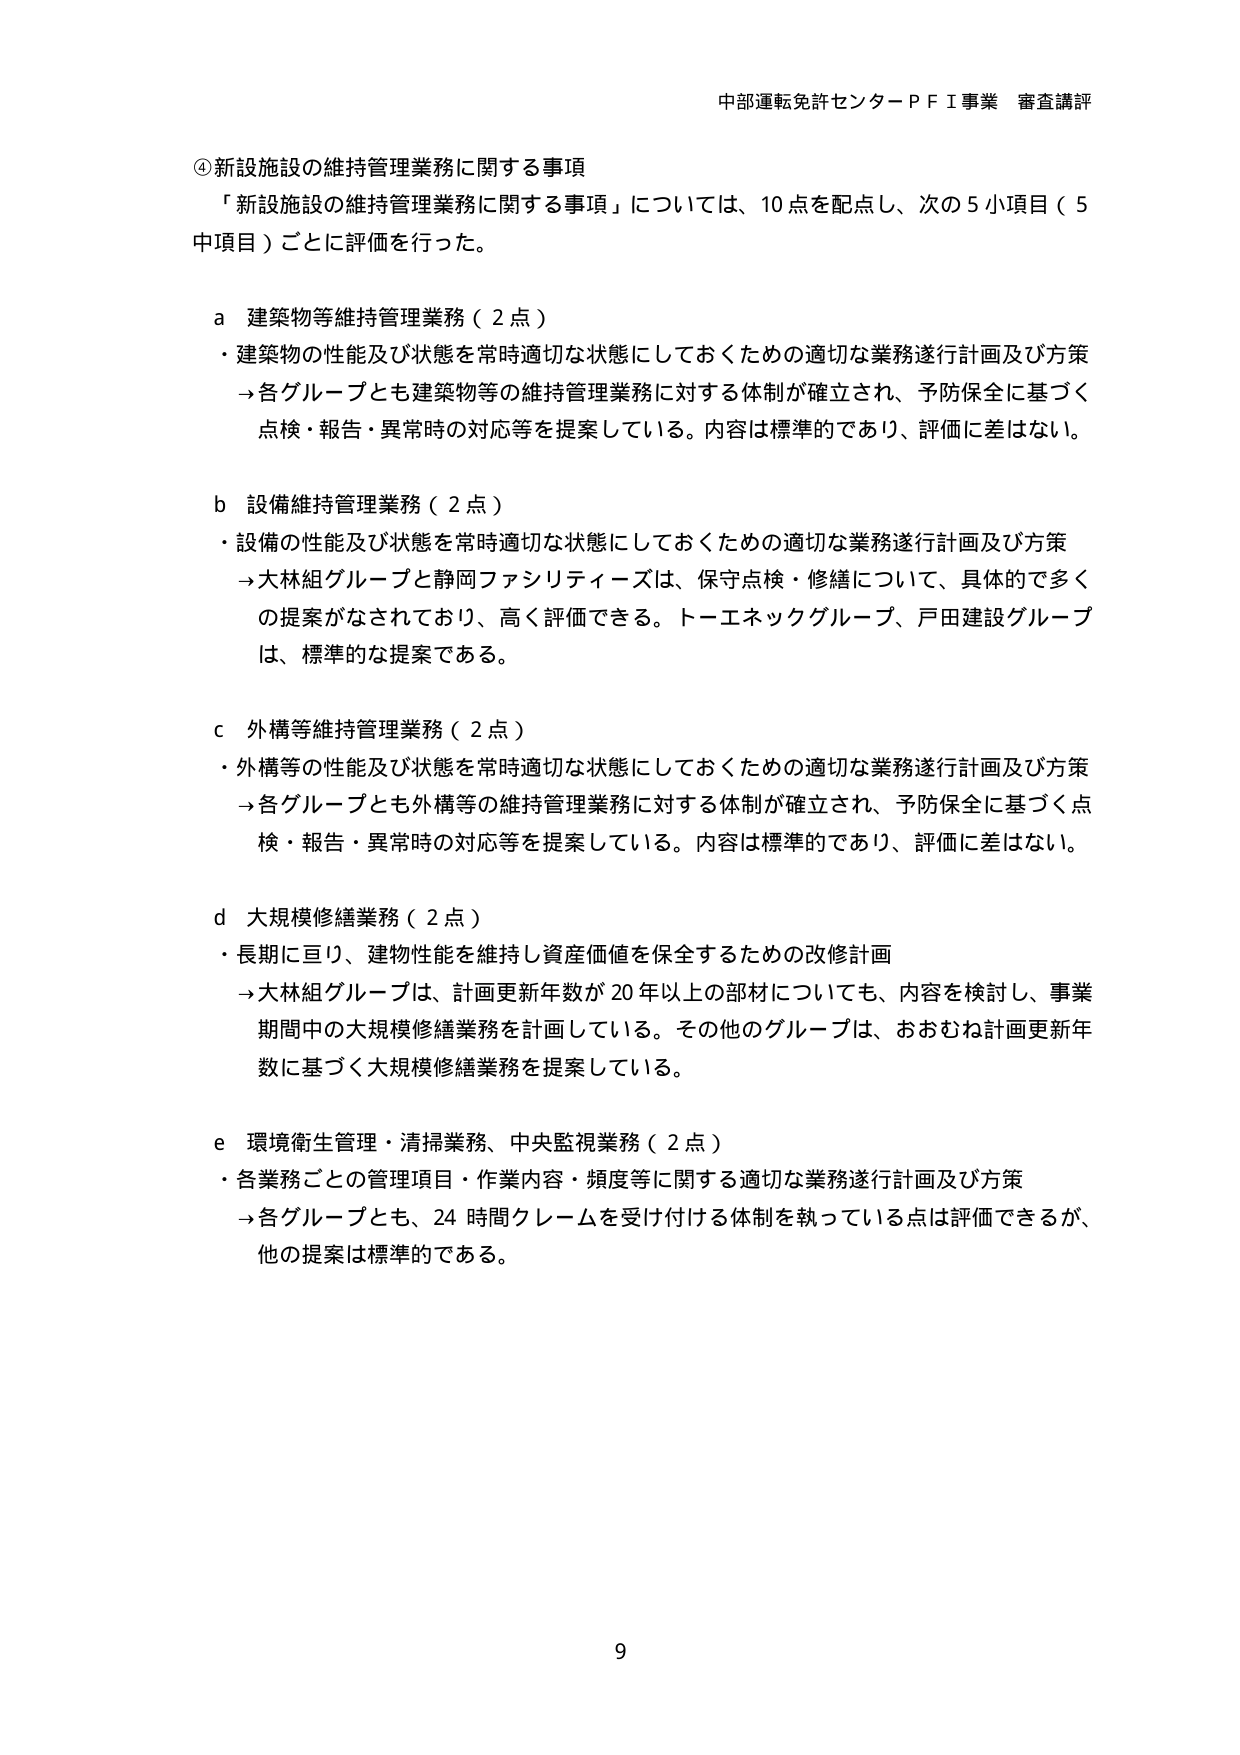
中部運転免許センターＰＦＩ事業 審査講評

④新設施設の維持管理業務に関する事項
「新設施設の維持管理業務に関する事項」については、10点を配点し、次の5小項目（5中項目）ごとに評価を行った。

a 建築物等維持管理業務（2点）
・建築物の性能及び状態を常時適切な状態にしておくための適切な業務遂行計画及び方策
→各グループとも建築物等の維持管理業務に対する体制が確立され、予防保全に基づく点検・報告・異常時の対応等を提案している。内容は標準的であり、評価に差はない。

b 設備維持管理業務（2点）
・設備の性能及び状態を常時適切な状態にしておくための適切な業務遂行計画及び方策
→大林組グループと静岡ファシリティーズは、保守点検・修繕について、具体的で多くの提案がなされており、高く評価できる。トーエネックグループ、戸田建設グループは、標準的な提案である。

c 外構等維持管理業務（2点）
・外構等の性能及び状態を常時適切な状態にしておくための適切な業務遂行計画及び方策
→各グループとも外構等の維持管理業務に対する体制が確立され、予防保全に基づく点検・報告・異常時の対応等を提案している。内容は標準的であり、評価に差はない。

d 大規模修繕業務（2点）
・長期に亘り、建物性能を維持し資産価値を保全するための改修計画
→大林組グループは、計画更新年数が20年以上の部材についても、内容を検討し、事業期間中の大規模修繕業務を計画している。その他のグループは、おおむね計画更新年数に基づく大規模修繕業務を提案している。

e 環境衛生管理・清掃業務、中央監視業務（2点）
・各業務ごとの管理項目・作業内容・頻度等に関する適切な業務遂行計画及び方策
→各グループとも、24時間クレームを受け付ける体制を執っている点は評価できるが、他の提案は標準的である。

9